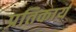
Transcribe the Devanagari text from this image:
प्रतिकार्य